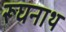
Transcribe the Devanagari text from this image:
रूघनाथ